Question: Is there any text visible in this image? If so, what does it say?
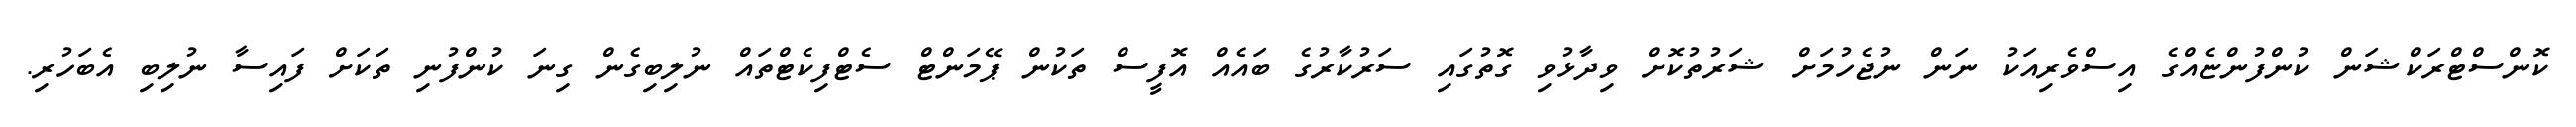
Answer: ކޮންސްޓްރަކްޝަން ކުންފުންޏެއްގެ އިސްވެރިއަކު ނަން ނުޖެހުމަށް ޝަރުތުކޮށް ވިދާޅުވި ގޮތުގައި ސަރުކާރުގެ ބައެއް އޮފީސް ތަކުން ޕޭމަންޓް ސެޓްފިކެޓްތައް ނުލިބިގެން ގިނަ ކުންފުނި ތަކަށް ފައިސާ ނުލިބި އެބަހުރި.